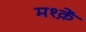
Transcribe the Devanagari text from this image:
मश्क़ें